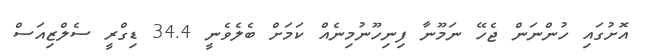
އޮށުގައި ހުންނަން ޖެހޭ ނަމޫނާ ފިނިހޫނުމިނެއް ކަމަށް ބެލެވެނީ 34.4 ޑިގްރީ ސެލްޒިއަސް